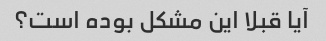
آیا قبلا این مشکل بوده است؟